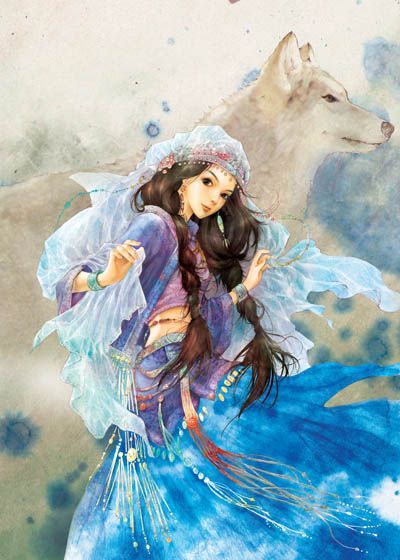
衔霜当路发，映雪拟寒开。